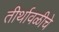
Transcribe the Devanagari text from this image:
तीर्थावळीचे